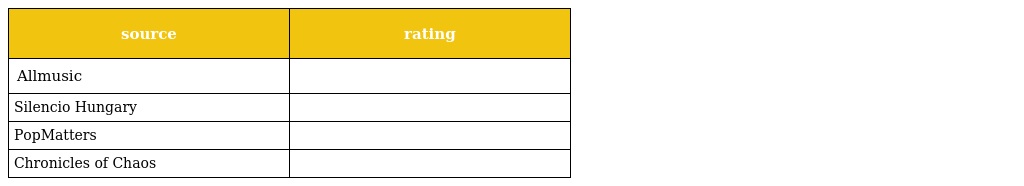
| source | rating |
 | --- | --- |
 | Allmusic |  |
 | Silencio Hungary |  |
 | PopMatters |  |
 | Chronicles of Chaos |  |